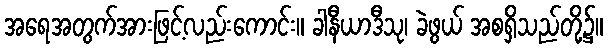
အရေအတွက်အားဖြင့်လည်းကောင်း။ ခါနီယာဒီသု၊ ခဲဖွယ် အစရှိသည်တို့၌။